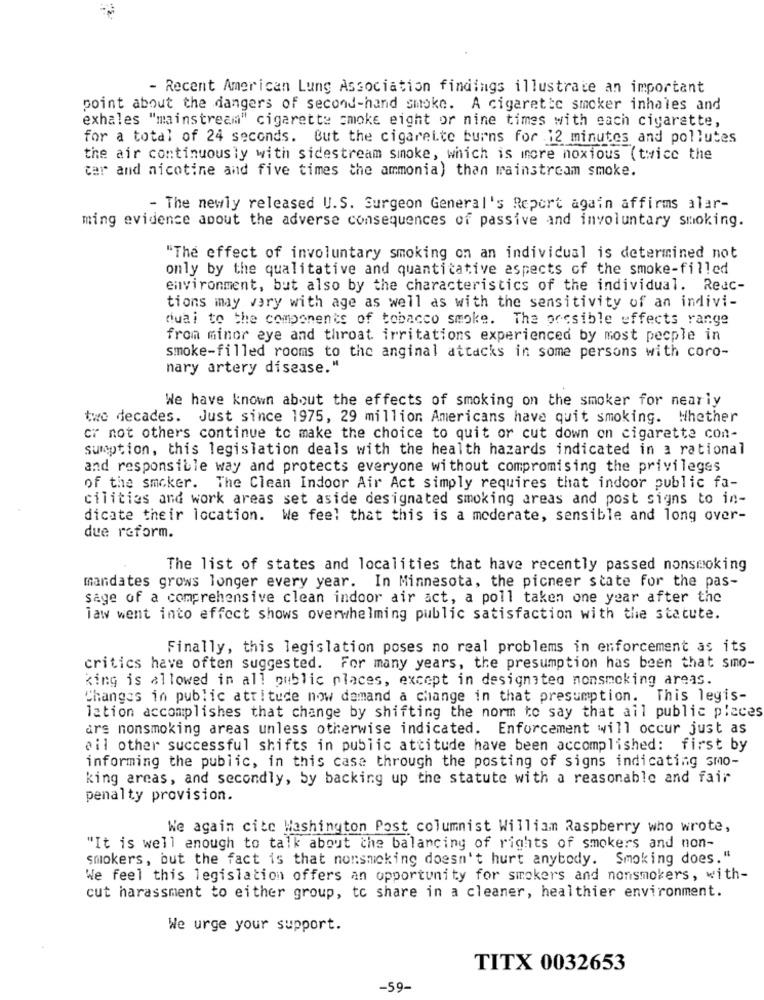
- Recent American Lung Association findings illustrate an important
point about the dangers of second-hand smoke. A cigarette smoker inhales and
exhales "mainstream" cigarette smoke eight or nine times with each cigarette,
for a total of 24 seconds. But the cigarette burns for 12 minutes and pollutes
the air continuously with sidestream smoke, which is more noxious (twice the
car and nicotine and five times the ammonia) than mainstream smoke.
- The newly released U.S. Surgeon General's Report again affirms alar-
ming evidence about the adverse consequences of passive and involuntary smoking.
"The effect of involuntary smoking on an individual is determined not
only by the qualitative and quantitative aspects of the smoke-filled
environment, but also by the characteristics of the individual. Reac-
tions may vary with age as well as with the sensitivity of an indivi-
duai to the components of tobacco smoke. The possible effects range
from minor eye and throat irritations experienced by most people in
smoke-filled rooms to the anginal attacks in some persons with coro-
nary artery disease."
We have known about the effects of smoking on the smoker for nearly
two decades. Just since 1975, 29 million Americans have quit smoking. Whether
cr not others continue to make the choice to quit or cut down on cigarette con-
sumption, this legislation deals with the health hazards indicated in a rational
and responsible way and protects everyone without compromising the privileges
of the smoker. The Clean Indoor Air Act simply requires that indoor public fa-
cilities and work areas set aside designated smoking areas and post signs to in-
dicate their location. We feel that this is a moderate, sensible and long over-
due reform.
The list of states and localities that have recently passed nonsmoking
mandates grows longer every year. In Minnesota, the picneer state for the pas-
sage of a comprehensive clean indoor air act, a poll taken one year after the
law went into effect shows overwhelming public satisfaction with the statute.
Finally, this legislation poses no real problems in enforcement as its
critics have often suggested. For many years, the presumption has been that smo-
king is allowed in all public places, except in designated nonsmoking areas.
Changes in public attitude now demand a change in that presumption. This legis-
lation accomplishes that change by shifting the norm to say that all public places
ars nonsmoking areas unless otherwise indicated. Enforcement will occur just as
ail other successful shifts in public attitude have been accomplished: first by
informing the public, in this case through the posting of signs indicating smo-
king areas, and secondly, by backing up the statute with a reasonable and fair
penalty provision.
We again cite Washington Post columnist William Raspberry who wrote,
"It is well enough to talk about the balancing of rights of smokers and non-
smokers, but the fact is that nonsmoking doesn't hurt anybody. Smoking does."
We feel this legislation offers an opportunity for smokers and nonsmokers, with-
cut harassment to either group, to share in a cleaner, healthier environment.
We urge your support.
TITX 0032653
-59-